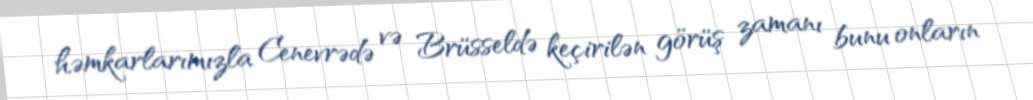
həmkarlarımızla Cenevrədə və Brüsseldə keçirilən görüş zamanı bunu onların